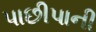
પાછીપાની